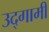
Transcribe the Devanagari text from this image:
उद्‌गामी